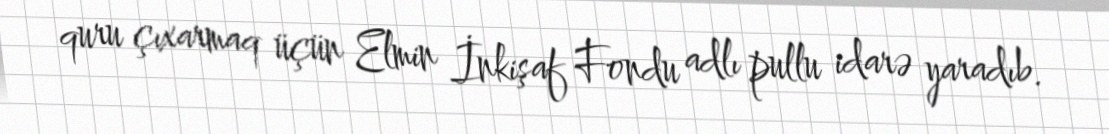
quru çıxarmaq üçün Elmin İnkişaf Fondu adlı pullu idarə yaradıb.